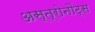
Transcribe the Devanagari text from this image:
अस्त्रोनौट्स